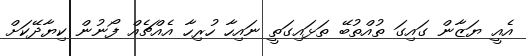
އެއީ ޔަޒާން ގައިގަ ތުއްތުބޭ ތަޅައިގަތީ ނައިހާ ހުރިހާ އެއްޗެއް ފޯނުން ކިޔާދޭކަށް